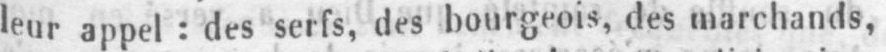
leur appel: des serfs, des bourgeois des marchands,